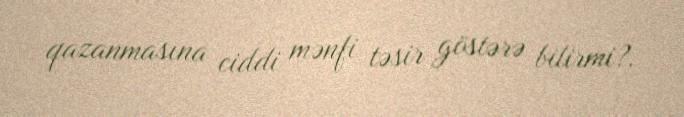
qazanmasına ciddi mənfi təsir göstərə bilirmi?.